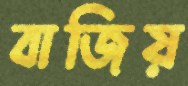
বাজিয়